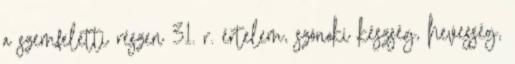
a szemfeletti részen 31. r. értelem, szónoki készség, hevesség,